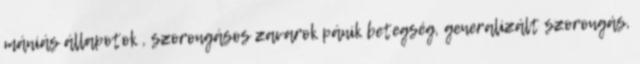
mániás állapotok , szorongásos zavarok pánik betegség, generalizált szorongás,